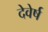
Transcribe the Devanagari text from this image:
देवेर्ष